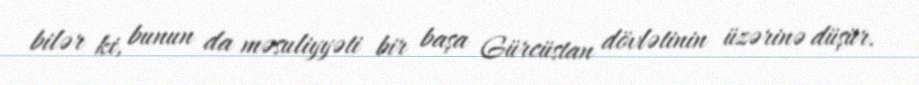
bilər ki, bunun da məsuliyyəti bir başa Gürcüstan dövlətinin üzərinə düşür.